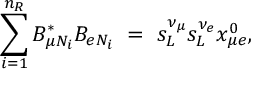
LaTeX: \sum _ { i = 1 } ^ { n _ { R } } B _ { \mu N _ { i } } ^ { * } B _ { e N _ { i } } \ = \ s _ { L } ^ { \nu _ { \mu } } s _ { L } ^ { \nu _ { e } } x _ { \mu e } ^ { 0 } ,